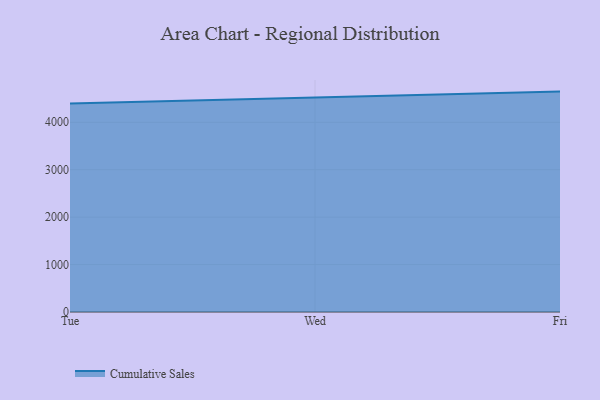
{"axis": {"x": "Day", "y": "Backlog"}, "legend": ["Cumulative Sales"], "data": [{"x": "Tue", "y": 4397.6, "type": "Cumulative Sales"}, {"x": "Wed", "y": 4516.9, "type": "Cumulative Sales"}, {"x": "Fri", "y": 4647.2, "type": "Cumulative Sales"}]}